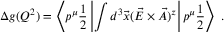
\Delta g ( Q ^ { 2 } ) = \left\langle p ^ { \mu } { \frac { 1 } { 2 } } \left| \int d ^ { 3 } \vec { x } ( \vec { E } \times \vec { A } ) ^ { z } \right| p ^ { \mu } { \frac { 1 } { 2 } } \right\rangle \ .